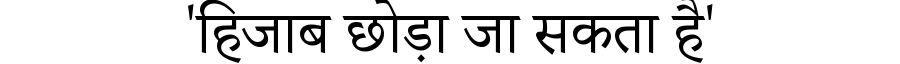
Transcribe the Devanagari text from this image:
'हिजाब छोड़ा जा सकता है'